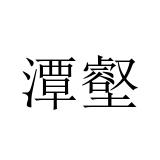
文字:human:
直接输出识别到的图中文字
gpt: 潭壑